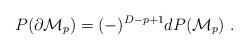
LaTeX: \begin{align*}P(\partial {\cal M}_p) = (-)^{D-p+1}d P({\cal M}_p) \ . \end{align*}